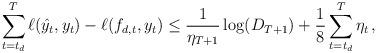
LaTeX: \begin{align*}\sum_{t=t_d}^T \ell(\hat y_t,y_t) - \ell(f_{d,t},y_t) \leq \frac{1}{\eta_{T+1}}\log (D_{T+1} ) + \frac{1}{8} \sum_{t=t_d}^T \eta_t \,,\end{align*}